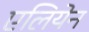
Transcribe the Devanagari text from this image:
एलियेन